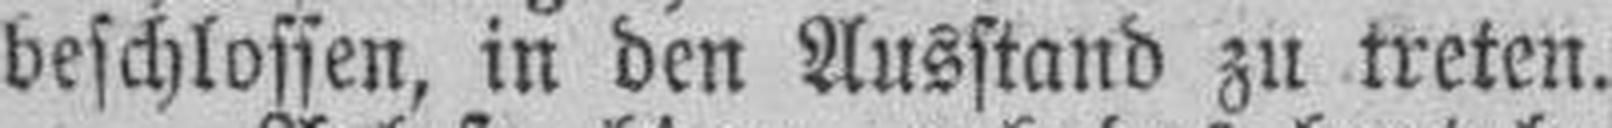
beschlossen, in den Ausstand zu treten.